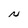
Character: N